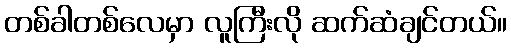
တစ်ခါတစ်လေမှာ လူကြီးလို ဆက်ဆံချင်တယ်။